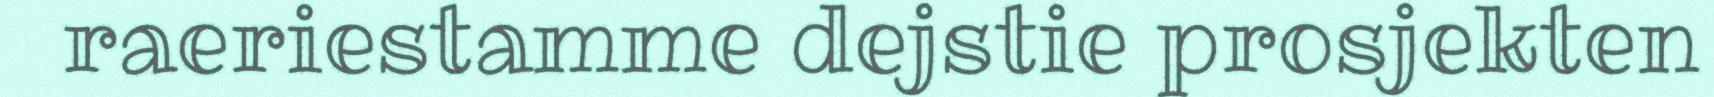
raeriestamme dejstie prosjekten